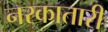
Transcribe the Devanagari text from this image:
नरकातारी